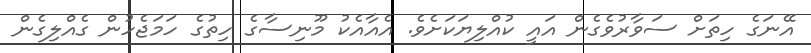
އޭނަގެ ހިތަށް ސަވާރުވެގެން އައީ ކުއްލިޔަކަށެވެ. އެއާއެކު މޫނިސާގެ ހިތުގެ ހަމަޖެހުން ގެއްލިގެން